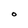
Character: O